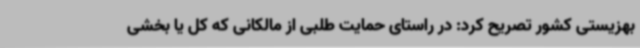
بهزیستی کشور تصریح کرد: در راستای حمایت طلبی از مالکانی که کل یا بخشی